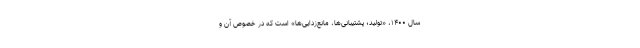
سال ۱۴۰۰، «تولید؛ پشتیبانی‌ها، مانع‌زدایی‌ها» است که در خصوص آن و